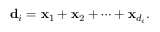
{ \bf d } _ { i } = { \bf x } _ { 1 } + { \bf x } _ { 2 } + \cdots + { \bf x } _ { d _ { i } } .